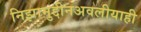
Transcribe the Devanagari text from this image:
निझामुद्दीनअवलीयाही